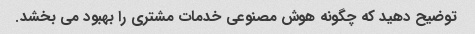
توضیح دهید که چگونه هوش مصنوعی خدمات مشتری را بهبود می بخشد.